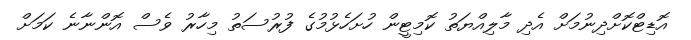
އޮޑިޓްކޮށްދިނުމަށް އެދި މާލިއްޔަތު ކޮމިޓީން ހުށަހެޅުމުގެ ފުރުސަތު މިހާރު ވެސް އޮންނާނެ ކަމަށް